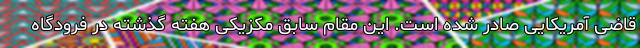
قاضی آمریکایی صادر شده است. این مقام سابق مکزیکی هفته گذشته در فرودگاه